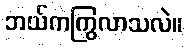
ဘယ်ကကြွလာသလဲ။